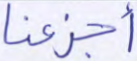
أجزعنا